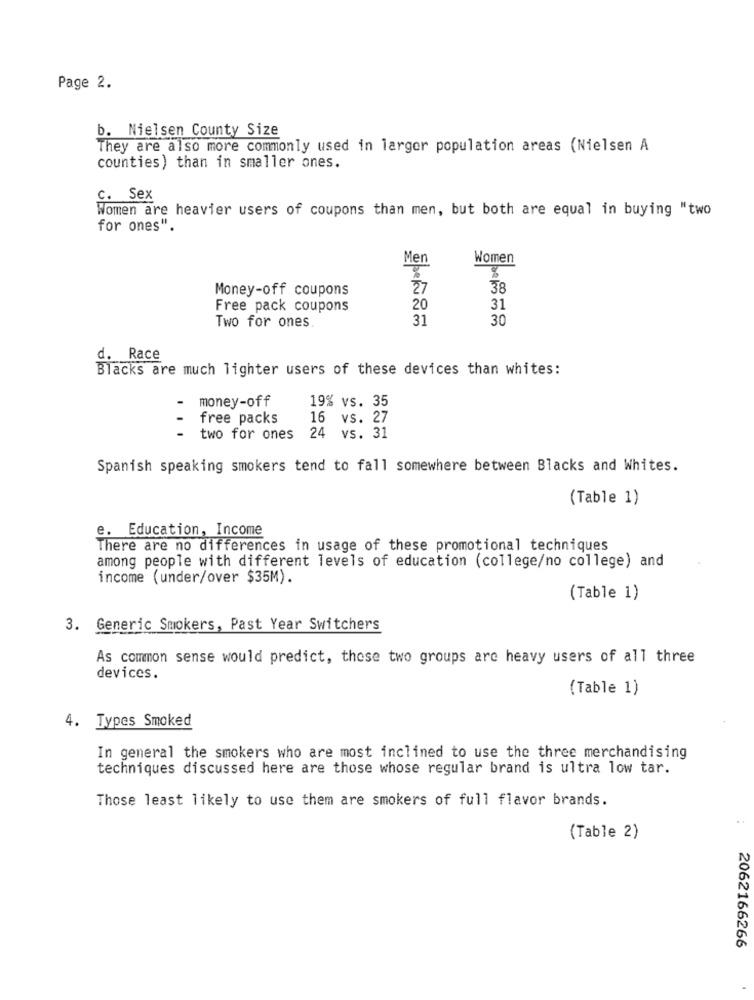
Page 2.
b. Nielsen County Size
They are also more commonly used in larger population areas (Nielsen A
counties) than in smaller ones.
c. Sex
Women are heavier users of coupons than men, but both are equal in buying "two
for ones".
Men
Women
Money-off coupons
27
38
Free pack coupons
20
31
Two for ones
31
30
d. Race
Blacks are much lighter users of these devices than whites:
money-off
19% vs. 35
free packs
16 vs. 27
...
two for ones 24 vs. 31
Spanish speaking smokers tend to fall somewhere between Blacks and Whites.
(Table 1)
e. Education, Income
There are no differences in usage of these promotional techniques
among people with different levels of education (college/no college) and
income (under/over $35M).
(Table 1)
3. Generic Smokers, Past Year Switchers
As common sense would predict, these two groups are heavy users of all three
devices.
(Table 1)
Types Smoked
In general the smokers who are most inclined to use the three merchandising
techniques discussed here are those whose regular brand is ultra low tar.
Those least likely to use them are smokers of full flavor brands.
(Table 2)
2062166266